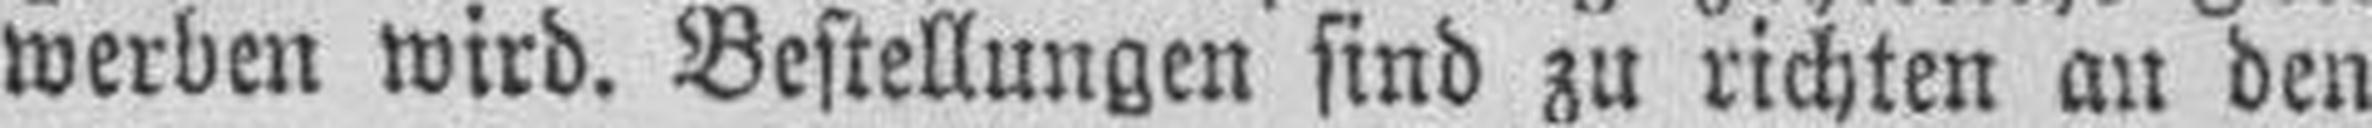
werben wird. Bestellungen sind zu richten an den